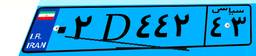
۰۲D۴۴۲۴۳